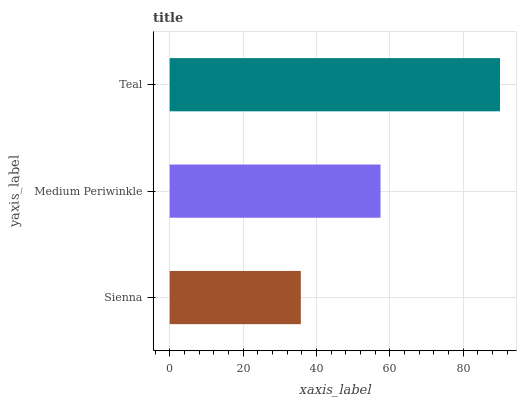
| yaxis_label | bars |
 | --- | --- |
 | Sienna | 35.7 |
 | Medium Periwinkle | 57.5 |
 | Teal | 90 |